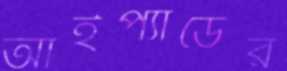
আইপ্যাডের